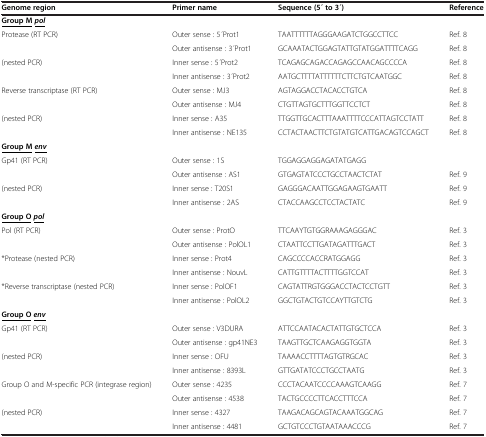
<table><thead><tr><td><b>Genome region</b></td><td><b>Primer name</b></td><td><b>Sequence (5 ́ to 3 ́)</b></td><td><b>Reference</b></td></tr></thead><tbody><tr><td><b><underline>Group M</underline></b><b><i><underline>pol</underline></i></b></td><td> </td><td> </td><td> </td></tr><tr><td rowspan="2">Protease (RT PCR)</td><td>Outer sense : 5 ́Prot1</td><td>TAATTTTTTAGGGAAGATCTGGCCTTCC</td><td>Ref. 8</td></tr><tr><td>Outer antisense : 3 ́Prot1</td><td>GCAAATACTGGAGTATTGTATGGATTTTCAGG</td><td>Ref. 8</td></tr><tr><td rowspan="2">(nested PCR)</td><td>Inner sense : 5 ́Prot2</td><td>TCAGAGCAGACCAGAGCCAACAGCCCCA</td><td>Ref. 8</td></tr><tr><td>Inner antisense : 3 ́Prot2</td><td>AATGCTTTTATTTTTTCTTCTGTCAATGGC</td><td>Ref. 8</td></tr><tr><td rowspan="2">Reverse transcriptase (RT PCR)</td><td>Outer sense : MJ3</td><td>AGTAGGACCTACACCTGTCA</td><td>Ref. 8</td></tr><tr><td>Outer antisense : MJ4</td><td>CTGTTAGTGCTTTGGTTCCTCT</td><td>Ref. 8</td></tr><tr><td rowspan="2">(nested PCR)</td><td>Inner sense : A35</td><td>TTGGTTGCACTTTAAATTTTCCCATTAGTCCTATT</td><td>Ref. 8</td></tr><tr><td>Inner antisense : NE135</td><td>CCTACTAACTTCTGTATGTCATTGACAGTCCAGCT</td><td>Ref. 8</td></tr><tr><td><b><underline>Group M</underline></b><b><i><underline>env</underline></i></b></td><td> </td><td> </td><td> </td></tr><tr><td rowspan="2">Gp41 (RT PCR)</td><td>Outer sense : 1S</td><td>TGGAGGAGGAGATATGAGG</td><td> </td></tr><tr><td>Outer antisense : AS1</td><td>GTGAGTATCCCTGCCTAACTCTAT</td><td>Ref. 9</td></tr><tr><td rowspan="2">(nested PCR)</td><td>Inner sense : T20S1</td><td>GAGGGACAATTGGAGAAGTGAATT</td><td>Ref. 9</td></tr><tr><td>Inner antisense : 2AS</td><td>CTACCAAGCCTCCTACTATC</td><td>Ref. 9</td></tr><tr><td><b><underline>Group O</underline></b><b><i><underline>pol</underline></i></b></td><td> </td><td> </td><td> </td></tr><tr><td rowspan="2">Pol (RT PCR)</td><td>Outer sense : ProtO</td><td>TTCAAYTGTGGRAAAGAGGGAC</td><td>Ref. 3</td></tr><tr><td>Outer antisense : PolOL1</td><td>CTAATTCCTTGATAGATTTGACT</td><td>Ref. 3</td></tr><tr><td rowspan="2">*Protease (nested PCR)</td><td>Inner sense : Prot4</td><td>CAGCCCCACCRATGGAGG</td><td>Ref. 3</td></tr><tr><td>Inner antisense : NouvL</td><td>CATTGTTTTACTTTTGGTCCAT</td><td>Ref. 3</td></tr><tr><td rowspan="2">*Reverse transcriptase (nested PCR)</td><td>Inner sense : PolOF1</td><td>CAGTATTRGTGGGACCTACTCCTGTT</td><td>Ref. 3</td></tr><tr><td>Inner antisense : PolOL2</td><td>GGCTGTACTGTCCAYTTGTCTG</td><td>Ref. 3</td></tr><tr><td><b><underline>Group O</underline></b><b><i><underline>env</underline></i></b></td><td> </td><td> </td><td> </td></tr><tr><td rowspan="2">Gp41 (RT PCR)</td><td>Outer sense : V3DURA</td><td>ATTCCAATACACTATTGTGCTCCA</td><td>Ref. 3</td></tr><tr><td>Outer antisense : gp41NE3</td><td>TAAGTTGCTCAAGAGGTGGTA</td><td>Ref. 3</td></tr><tr><td rowspan="2">(nested PCR)</td><td>Inner sense : OFU</td><td>TAAAACCTTTTAGTGTRGCAC</td><td>Ref. 3</td></tr><tr><td>Inner antisense : 8393L</td><td>GTTGATATCCCTGCCTAATG</td><td>Ref. 3</td></tr><tr><td rowspan="2">Group O and M-specific PCR (integrase region)</td><td>Outer sense : 4235</td><td>CCCTACAATCCCCAAAGTCAAGG</td><td>Ref. 7</td></tr><tr><td>Outer antisense : 4538</td><td>TACTGCCCCTTCACCTTTCCA</td><td>Ref. 7</td></tr><tr><td rowspan="2">(nested PCR)</td><td>Inner sense : 4327</td><td>TAAGACAGCAGTACAAATGGCAG</td><td>Ref. 7</td></tr><tr><td>Inner antisense : 4481</td><td>GCTGTCCCTGTAATAAACCCG</td><td>Ref. 7</td></tr></tbody></table>